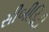
સીબીડિટી